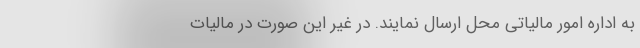
به اداره امور مالیاتی محل ارسال نمایند. در غیر این صورت در مالیات